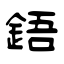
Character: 鋙